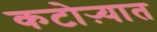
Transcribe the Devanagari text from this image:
कटोऱ्यात